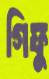
গিফু